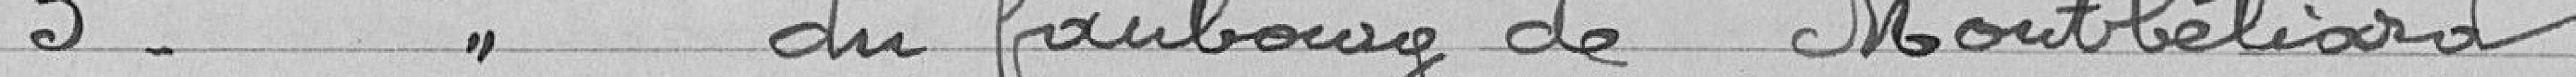
3° - Ecole du faubourg de Montbéliard